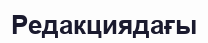
Редакциядағы